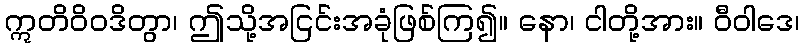
ဣတိဝိဝဒိတွာ၊ ဤသို့အငြင်းအခုံဖြစ်ကြ၍။ နော၊ ငါတို့အား။ ဝီဝါဒေ၊